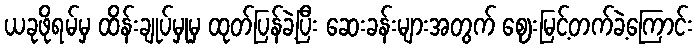
ယခုဖိုရမ်မှ ထိန်းချုပ်မှုမှ ထုတ်ပြန်ခဲ့ပြီး ဆေးခန်းများအတွက် ဈေးမြင့်တက်ခဲ့ကြောင်း